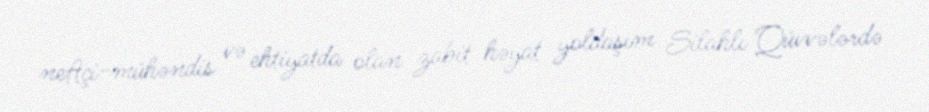
neftçi-mühəndis və ehtiyatda olan zabit həyat yoldaşım Silahlı Qüvvələrdə